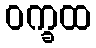
ဝက္ခထ